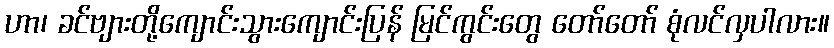
ဟာ၊ ခင်ဗျားတို့ကျောင်းသွားကျောင်းပြန် မြင်ကွင်းတွေ တော်တော် စုံလင်လှပါလား။